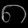
Digit: ၈